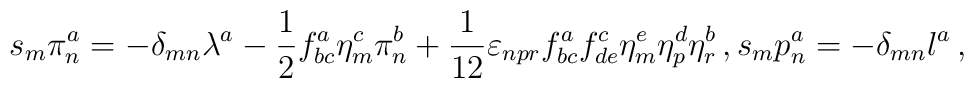
s_{m}\pi _{n}^{a}=-\delta _{mn}\lambda ^{a}-\frac{1}{2}f_{bc}^{a}\eta_{m}^{c}\pi _{n}^{b}+\frac{1}{12}\varepsilon _{npr}f_{bc}^{a}f_{de}^{c}\eta_{m}^{e}\eta _{p}^{d}\eta _{r}^{b}\,, s_{m}p_{n}^{a}=-\delta _{mn}l^{a}\,,